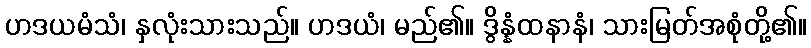
ဟဒယမံသံ၊ နှလုံးသားသည်။ ဟဒယံ၊ မည်၏။ ဒွိန္နံထနာနံ၊ သားမြတ်အစုံတို့၏။